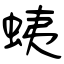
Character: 蛦